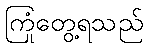
ကြုံတွေ့ရသည်